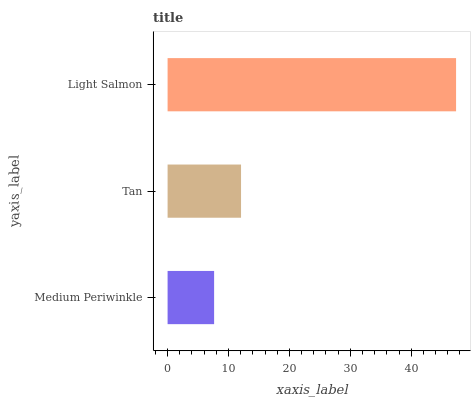
| yaxis_label | bars |
 | --- | --- |
 | Medium Periwinkle | 7.64 |
 | Tan | 12.1 |
 | Light Salmon | 47.4 |